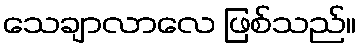
သေချာလာလေ ဖြစ်သည်။